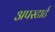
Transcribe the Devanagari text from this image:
अपस्टार्ट